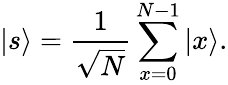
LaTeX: |s\rangle={\frac{1}{\sqrt{N}}}\sum_{x=0}^{N-1}|x\rangle.